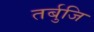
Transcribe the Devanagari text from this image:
तर्बुजि